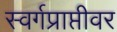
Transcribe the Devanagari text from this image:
स्वर्गप्राप्तीवर